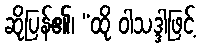
ဆိုပြန်၏၊ “ထို ဝါသဒ္ဒါဖြင့်